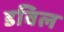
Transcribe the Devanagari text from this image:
डविल